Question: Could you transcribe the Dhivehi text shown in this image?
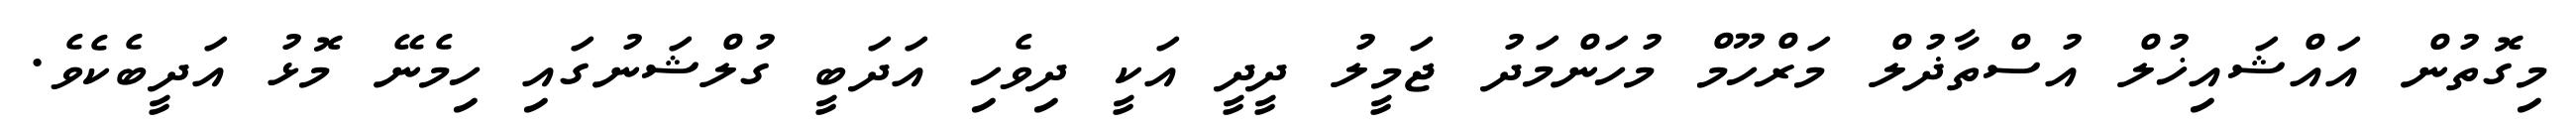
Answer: މިގޮތުން އައްޝައިޚުލް އުސްތާޛުލް މަރްހޫމް މުހަންމަދު ޖަމީލު ދީދީ އަކީ ދިވެހި އަދަބީ ގުލްޝަނުގައި ހިމެނޭ މޮޅު އަދީބެކެވެ.